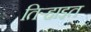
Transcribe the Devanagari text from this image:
तिर्‍हाइत